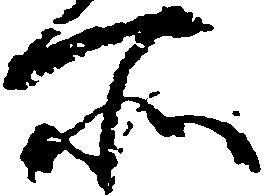
所